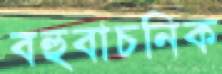
বহুবাচনিক